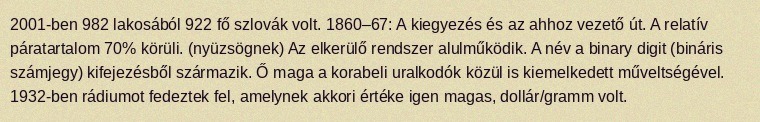
2001-ben 982 lakosából 922 fő szlovák volt. 1860–67: A kiegyezés és az ahhoz vezető út. A relatív páratartalom 70% körüli. (nyüzsögnek) Az elkerülő rendszer alulműködik. A név a binary digit (bináris számjegy) kifejezésből származik. Ő maga a korabeli uralkodók közül is kiemelkedett műveltségével. 1932-ben rádiumot fedeztek fel, amelynek akkori értéke igen magas, dollár/gramm volt.